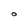
Character: o